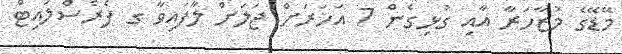
މޭޑޭގެ މުޒާހަރާ އާއި ގުޅިގެން 7 އަހަރަށް ޖަލަށް ލާފައިވާ ގ ފެރެސްލައިޓް